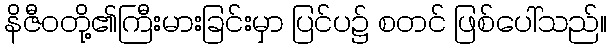
နိဇီဝတို့၏ကြီးမားခြင်းမှာ ပြင်ပ၌ စတင် ဖြစ်ပေါ်သည်။